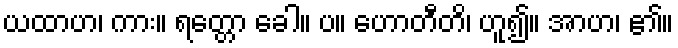
ယထာဟ၊ ကား။ ရတ္တော ခေါ။ ပ။ ဟောတီတိ၊ ဟူ၍။ အာဟ၊ ၏။